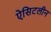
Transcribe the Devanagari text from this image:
ऐसिटलीन